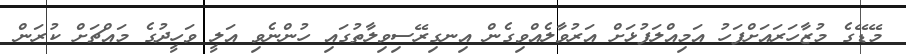
މޭޑޭގެ މުޒާހަރައަށްފަހު އަމިއްލަފުޅަށް އަރުވާލެއްވިގެން އިނގިރޭސިވިލާތުގައި ހުންނެވި އަލީ ވަހީދުގެ މައްޗަށް ކުރަން